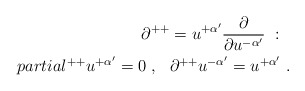
\begin{align*}\partial^{++}= u^{+\alpha'}{\partial\over\partial u^{-\alpha'}} \ : \ \ \\partial^{++}u^{+\alpha'} =0\ ,\ \ \partial^{++} u^{-\alpha'} = u^{+\alpha'}\ .\end{align*}